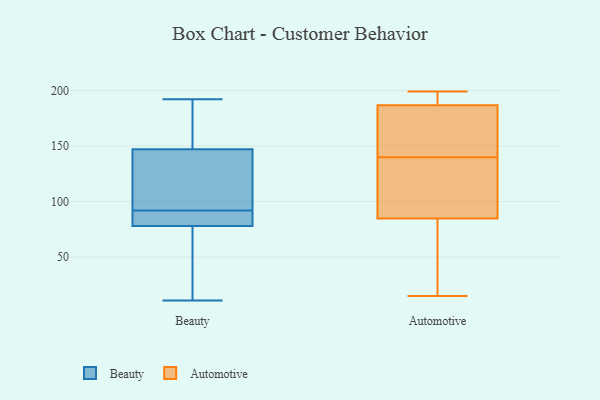
{"axis": {"x": "Active Users", "y": "Value"}, "legend": ["Automotive", "Beauty"], "data": [{"x": "", "y": 79, "type": "Beauty"}, {"x": "", "y": 108, "type": "Beauty"}, {"x": "", "y": 173, "type": "Beauty"}, {"x": "", "y": 11, "type": "Beauty"}, {"x": "", "y": 90, "type": "Beauty"}, {"x": "", "y": 94, "type": "Beauty"}, {"x": "", "y": 192, "type": "Beauty"}, {"x": "", "y": 36, "type": "Beauty"}, {"x": "", "y": 18, "type": "Beauty"}, {"x": "", "y": 78, "type": "Beauty"}, {"x": "", "y": 88, "type": "Beauty"}, {"x": "", "y": 147, "type": "Beauty"}, {"x": "", "y": 146, "type": "Beauty"}, {"x": "", "y": 148, "type": "Beauty"}, {"x": "", "y": 90, "type": "Automotive"}, {"x": "", "y": 140, "type": "Automotive"}, {"x": "", "y": 180, "type": "Automotive"}, {"x": "", "y": 199, "type": "Automotive"}, {"x": "", "y": 116, "type": "Automotive"}, {"x": "", "y": 190, "type": "Automotive"}, {"x": "", "y": 167, "type": "Automotive"}, {"x": "", "y": 32, "type": "Automotive"}, {"x": "", "y": 78, "type": "Automotive"}, {"x": "", "y": 191, "type": "Automotive"}, {"x": "", "y": 157, "type": "Automotive"}, {"x": "", "y": 132, "type": "Automotive"}, {"x": "", "y": 15, "type": "Automotive"}, {"x": "", "y": 83, "type": "Automotive"}, {"x": "", "y": 189, "type": "Automotive"}]}